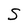
Character: S